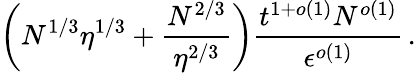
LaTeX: \left(N^{1/3}\eta^{1/3}+\frac{N^{2/3}}{\eta^{2/3}}\right)\frac{t^{1+o(1)}N^{o(1)}}{\epsilon^{o(1)}}\, .